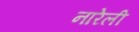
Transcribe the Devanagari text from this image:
नारेली